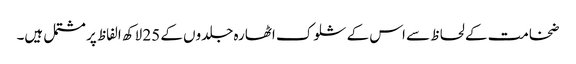
ضخامت کے لحاظ سے اس کے شلوک اٹھارہ جلدوں کے 25 لاکھ الفاظ پر مشتمل ہیں۔